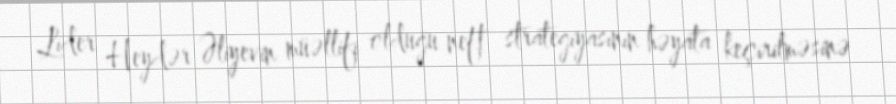
Lider Heydər Əliyevin müəllifi olduğu neft strategiyasının həyata keçirilməsinə